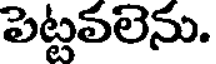
పెట్టవలెను.